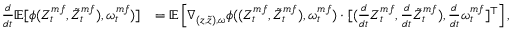
\begin{array} { r l } { \frac { d } { d t } \mathbb { E } [ \phi ( Z _ { t } ^ { m f } , \tilde { Z } _ { t } ^ { m f } ) , \omega _ { t } ^ { m f } ) ] } & { = \mathbb { E } \left[ \nabla _ { ( z , \tilde { z } ) , \omega } \phi ( ( Z _ { t } ^ { m f } , \tilde { Z } _ { t } ^ { m f } ) , \omega _ { t } ^ { m f } ) \cdot [ ( \frac { d } { d t } Z _ { t } ^ { m f } , \frac { d } { d t } \tilde { Z } _ { t } ^ { m f } ) , \frac { d } { d t } \omega _ { t } ^ { m f } ] ^ { \top } \right] , } \end{array}